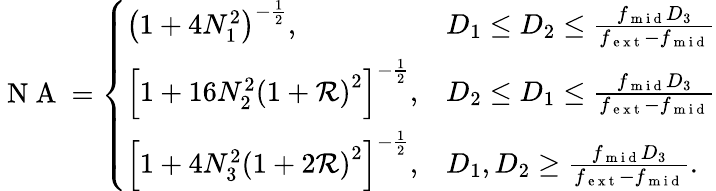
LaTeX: \begin{array}{r}{\mathrm{~N~A~}=\left\{ \begin{array}{ll}{\left(1+4N_{1}^{2}\right)^{-\frac{1}{2}},}&{D_{1}\leq D_{2}\leq\frac{f_{\mathrm{~m~i~d~}}D_{3}}{f_{\mathrm{~e~x~t~}}-f_{\mathrm{~m~i~d~}}}}\\ {\left[1+16N_{2}^{2}\left(1+\mathcal{R}\right)^{2}\right]^{-\frac{1}{2}},}&{D_{2}\leq D_{1}\leq\frac{f_{\mathrm{~m~i~d~}}D_{3}}{f_{\mathrm{~e~x~t~}}-f_{\mathrm{~m~i~d~}}}}\\ {\left[1+4N_{3}^{2}\left(1+2\mathcal{R}\right)^{2}\right]^{-\frac{1}{2}},}&{D_{1},D_{2}\geq\frac{f_{\mathrm{~m~i~d~}}D_{3}}{f_{\mathrm{~e~x~t~}}-f_{\mathrm{~m~i~d~}}}.}\end{array}\right.}\end{array}